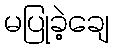
မပြုခဲ့ချေ